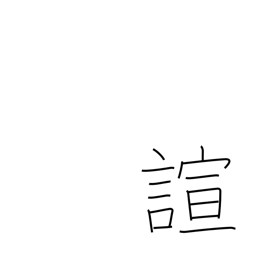
Meaning: forget